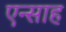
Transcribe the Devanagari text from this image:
एन्साह